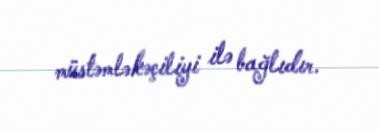
müstəmləkəçiliyi ilə bağlıdır.